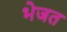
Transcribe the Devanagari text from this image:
भेजत